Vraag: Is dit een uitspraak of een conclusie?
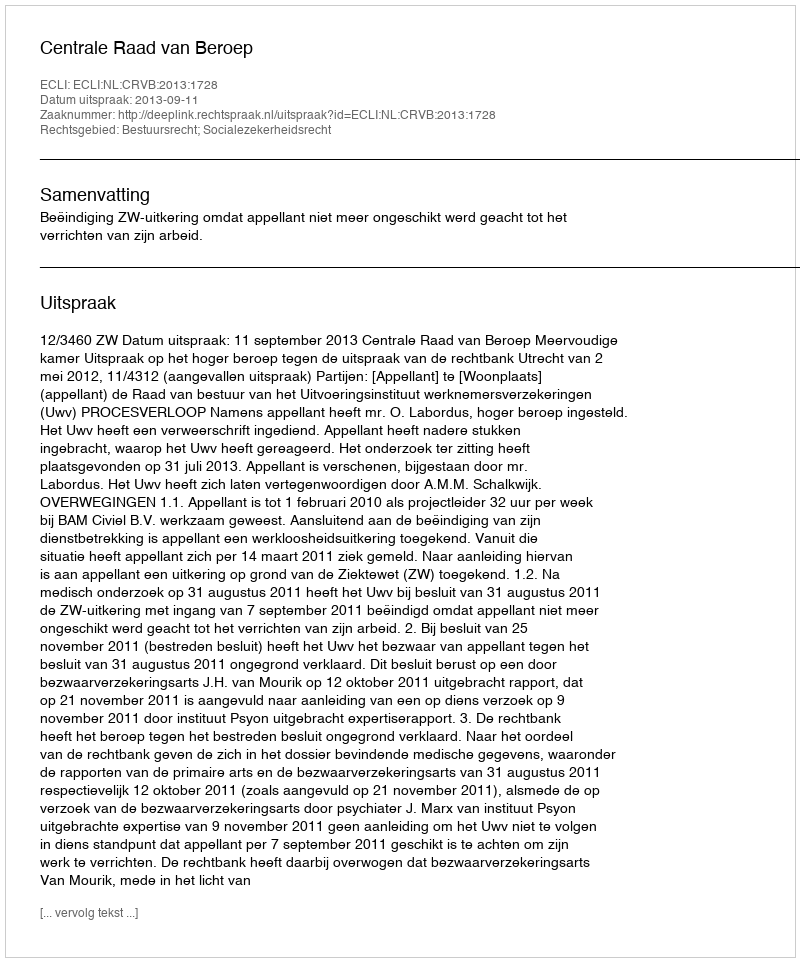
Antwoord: Uitspraak